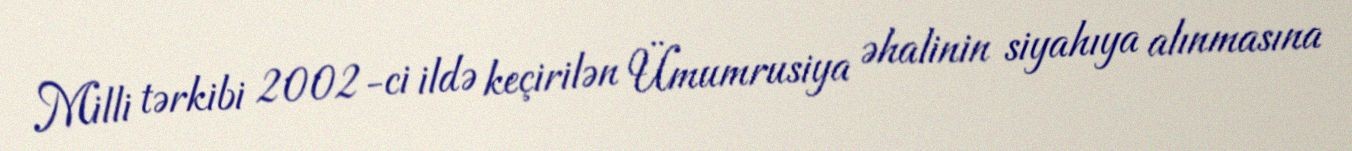
Milli tərkibi 2002-ci ildə keçirilən Ümumrusiya əhalinin siyahıya alınmasına